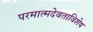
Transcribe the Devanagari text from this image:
परमात्मदेवताविशेष